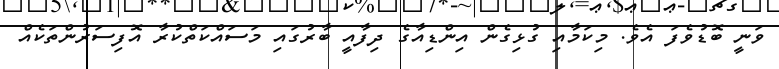
ވަނީ ބޮޑުވެފަ އެވެ. މިކަމާއި ގުޅިގެން އިންޑިއާގެ ދިފާއީ ބާރުގައި މަސައްކަތްކުރާ އޮފިސަރުންތަކެއް